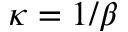
\kappa = 1 / \beta